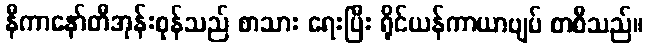
နီကာနော်တီအုန်းစုန်သည် စာသား ရေးပြီး ရိုင်ယန်ကာယာဗျပ် စာစီသည်။